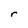
Character: r